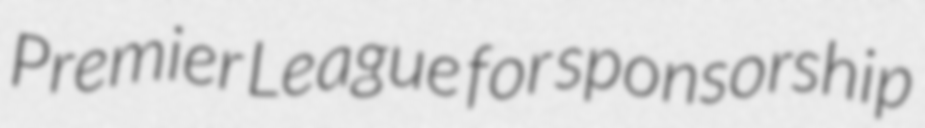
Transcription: Premier League for sponsorship